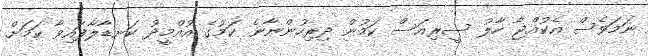
ނަމަވެސް އެކުއްޖާ ހާލު ސީރިއަސް ކަމުން ދިރިހުންނާނެ ކަމުގެ އުއްމީދު ކަނޑާލާފައިވާ ކަމަށް